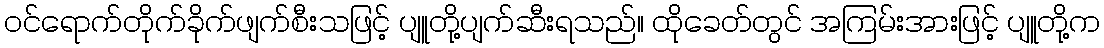
ဝင်ရောက်တိုက်ခိုက်ဖျက်စီးသဖြင့် ပျူတို့ပျက်ဆီးရသည်။ ထိုခေတ်တွင် အကြမ်းအားဖြင့် ပျူတို့က